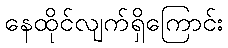
နေထိုင်လျက်ရှိကြောင်း